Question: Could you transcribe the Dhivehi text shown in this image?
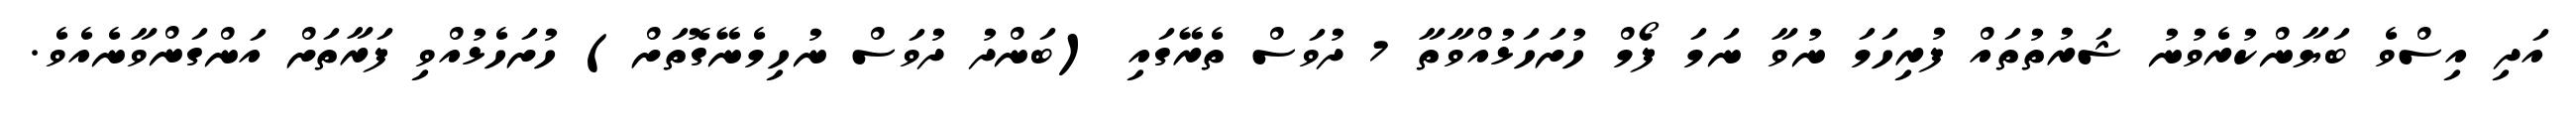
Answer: އަދި އިސްވެ ބަޔާންކުރެވުނު ޝަރުތުތައް ފުރިހަމަ ނުވާ ނަމަ ފޯމް ހުށަހަޅުއްވާތާ 7 ދުވަސް ތެރޭގައި (ބަންދު ދުވަސް ނުހިމެނޭގޮތަށް) ހުށަހެޅުއްވި ފަރާތަށް އަންގަންވާނެއެވެ.